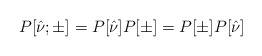
\begin{align*}P[\hat{\nu};\pm]=P[\hat{\nu}]P[\pm]=P[\pm]P[\hat{\nu}]\end{align*}